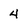
Character: 4